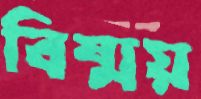
বিষ্ময়